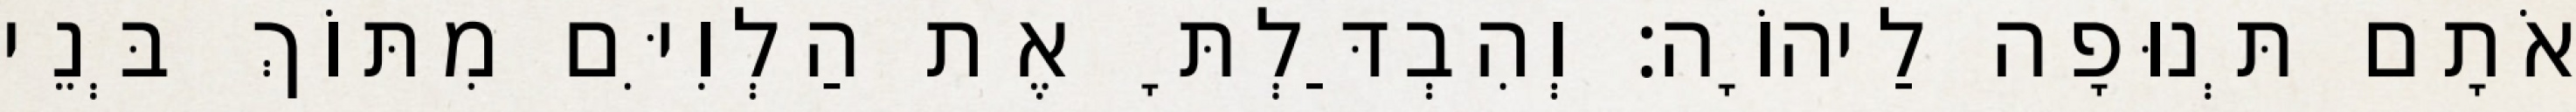
אֹתָם תְּנוּפָה לַיהוָֹה׃ וְהִבְדַּלְתָּ אֶת הַלְוִיִּם מִתּוֹךְ בְּנֵי